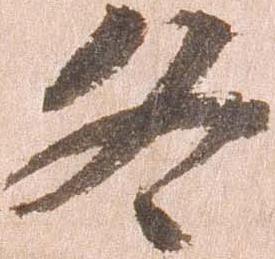
各